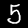
Digit: 5